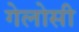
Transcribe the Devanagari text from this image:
गेलोसी